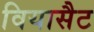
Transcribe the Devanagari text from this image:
वियासैट